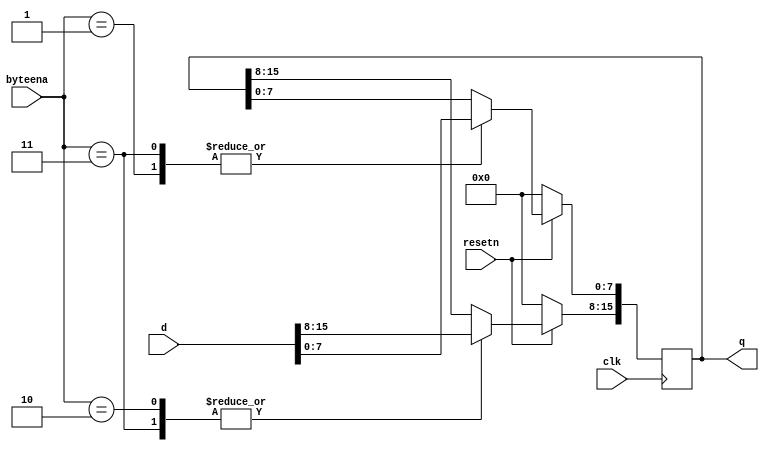
module top_module (
    input clk,
    input resetn,
    input [1:0] byteena,
    input [15:0] d,
    output [15:0] q
);
    
   
    always @ (posedge clk)
    begin
        if (!resetn) begin
            q <= 16'b0;
        end else begin
            case(byteena)
                2'b00: q       <= q;
                2'b01: q[ 7:0] <= d[ 7:0];
                2'b10: q[15:8] <= d[15:8];
                2'b11: q       <= d;
            endcase
       end
    end

endmodule